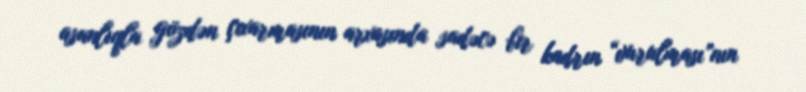
asanlıqla gözdən çıxarmasının arxasında sadəcə bir kadrın “vurulması”nın